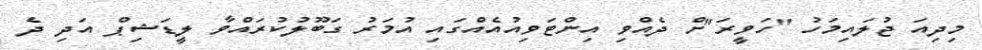
މިދިއަ ޖުލައިމަހު "ހަވީރަ"ށް ދެއްވި އިންޓަވިއުއެއްގައި އުމަރު ގަބޫލުކުރައްވާ ލީޑަޝިޕް އަދި ދެ